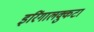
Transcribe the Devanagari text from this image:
इरिंगालक्कुटा